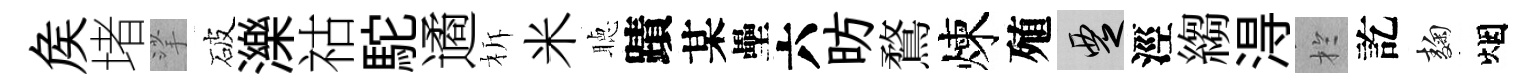
矦堵挲破濼祜駝遹柝米聴蹟某壘六昉鶩煉殖覂涇縐淂扵訖麹烟